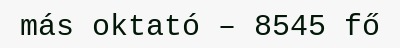
más oktató – 8545 fő